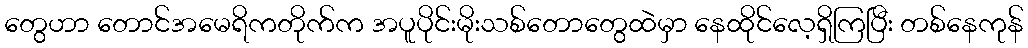
တွေဟာ တောင်အမေရိကတိုက်က အပူပိုင်းမိုးသစ်တောတွေထဲမှာ နေထိုင်လေ့ရှိကြပြီး တစ်နေကုန်